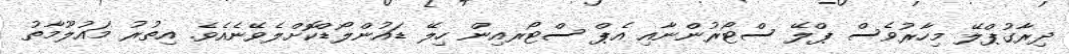
ދިރާގުޕްލޭ މިހާރުވެސް ޕްލޭ ސްޓޯރުންނާއި އެޕް ސްޓޯރއިން ހިލޭ ޑައުންލޯޑްކޮށްލެވޭނެއެވެ. އިތުރު މައުލޫމާތު